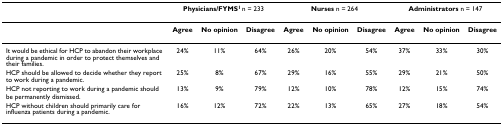
<table><thead><tr><td></td><td colspan="3"><b>Physicians/FYMS<sup>1 </sup>n = 233</b></td><td colspan="3"><b>Nurses n = 264</b></td><td colspan="3"><b>Administrators n = 147</b></td></tr></thead><tbody><tr><td></td><td><b>Agree</b></td><td><b>No opinion</b></td><td><b>Disagree</b></td><td><b>Agree</b></td><td><b>No opinion</b></td><td><b>Disagree</b></td><td><b>Agree</b></td><td><b>No opinion</b></td><td><b>Disagree</b></td></tr><tr><td>It would be ethical for HCP to abandon their workplace during a pandemic in order to protect themselves and their families.</td><td>24%</td><td>11%</td><td>64%</td><td>26%</td><td>20%</td><td>54%</td><td>37%</td><td>33%</td><td>30%</td></tr><tr><td>HCP should be allowed to decide whether they report to work during a pandemic.</td><td>25%</td><td>8%</td><td>67%</td><td>29%</td><td>16%</td><td>55%</td><td>29%</td><td>21%</td><td>50%</td></tr><tr><td>HCP not reporting to work during a pandemic should be permanently dismissed.</td><td>13%</td><td>9%</td><td>79%</td><td>12%</td><td>10%</td><td>78%</td><td>12%</td><td>15%</td><td>74%</td></tr><tr><td>HCP without children should primarily care for influenza patients during a pandemic.</td><td>16%</td><td>12%</td><td>72%</td><td>22%</td><td>13%</td><td>65%</td><td>27%</td><td>18%</td><td>54%</td></tr></tbody></table>